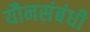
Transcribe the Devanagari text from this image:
यौनसंबंधी